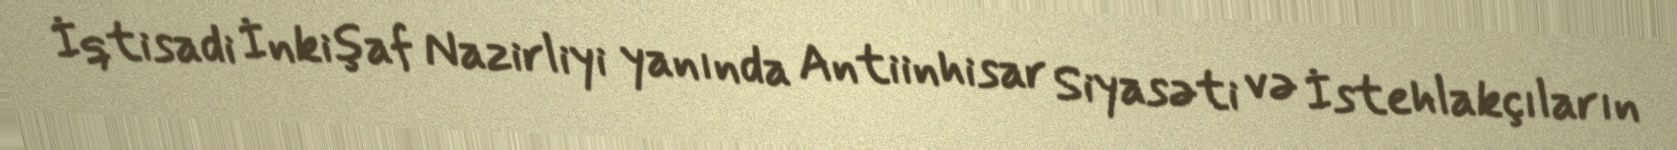
İqtisadi İnkişaf Nazirliyi yanında Antiinhisar Siyasəti və İstehlakçıların